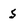
Character: S